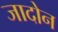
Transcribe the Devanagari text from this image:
जादोन